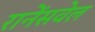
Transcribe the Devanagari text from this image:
रानेंसवेल